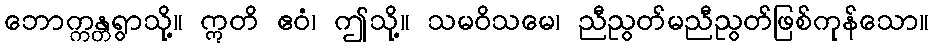
ဘောက္ကန္တရွာသို့။ ဣတိ ဧဝံ၊ ဤသို့။ သမဝိသမေ၊ ညီညွတ်မညီညွတ်ဖြစ်ကုန်သော။